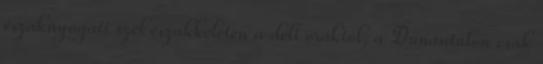
északnyugati szél északkeleten a déli óráktól, a Dunántúlon csak